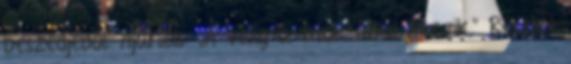
beszédjéből: Ajánlás: „A világ a titok által léte­zik.” Részlet